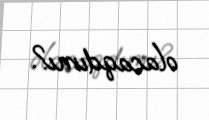
olacaqdımı?.